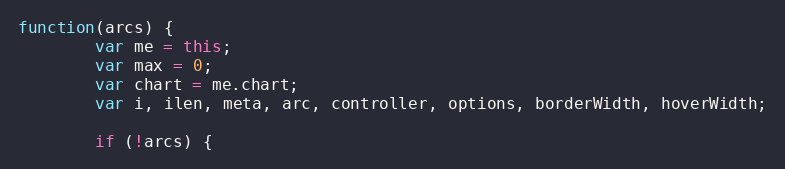
Language: JavaScript
function(arcs) {
		var me = this;
		var max = 0;
		var chart = me.chart;
		var i, ilen, meta, arc, controller, options, borderWidth, hoverWidth;

		if (!arcs) {